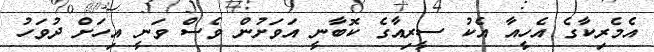
އެމެރިކާގެ އެހީއާ އެކު ސީރިއާގެ ކޮބާނީ އަވަށުން ވެސް ވަނީ އިހަށް ދުވަހު